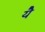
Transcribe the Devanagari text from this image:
येै